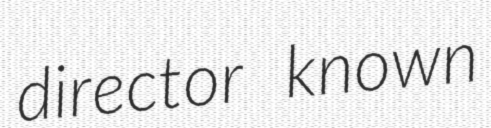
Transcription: director known